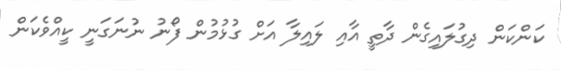
ކަންކަން ދިގުލައިގެން ދާތީ އާއި ލައިލާ އަށް ގުޅުމުން ފޯނު ނުނަގަނީ ކީއްވެކަން